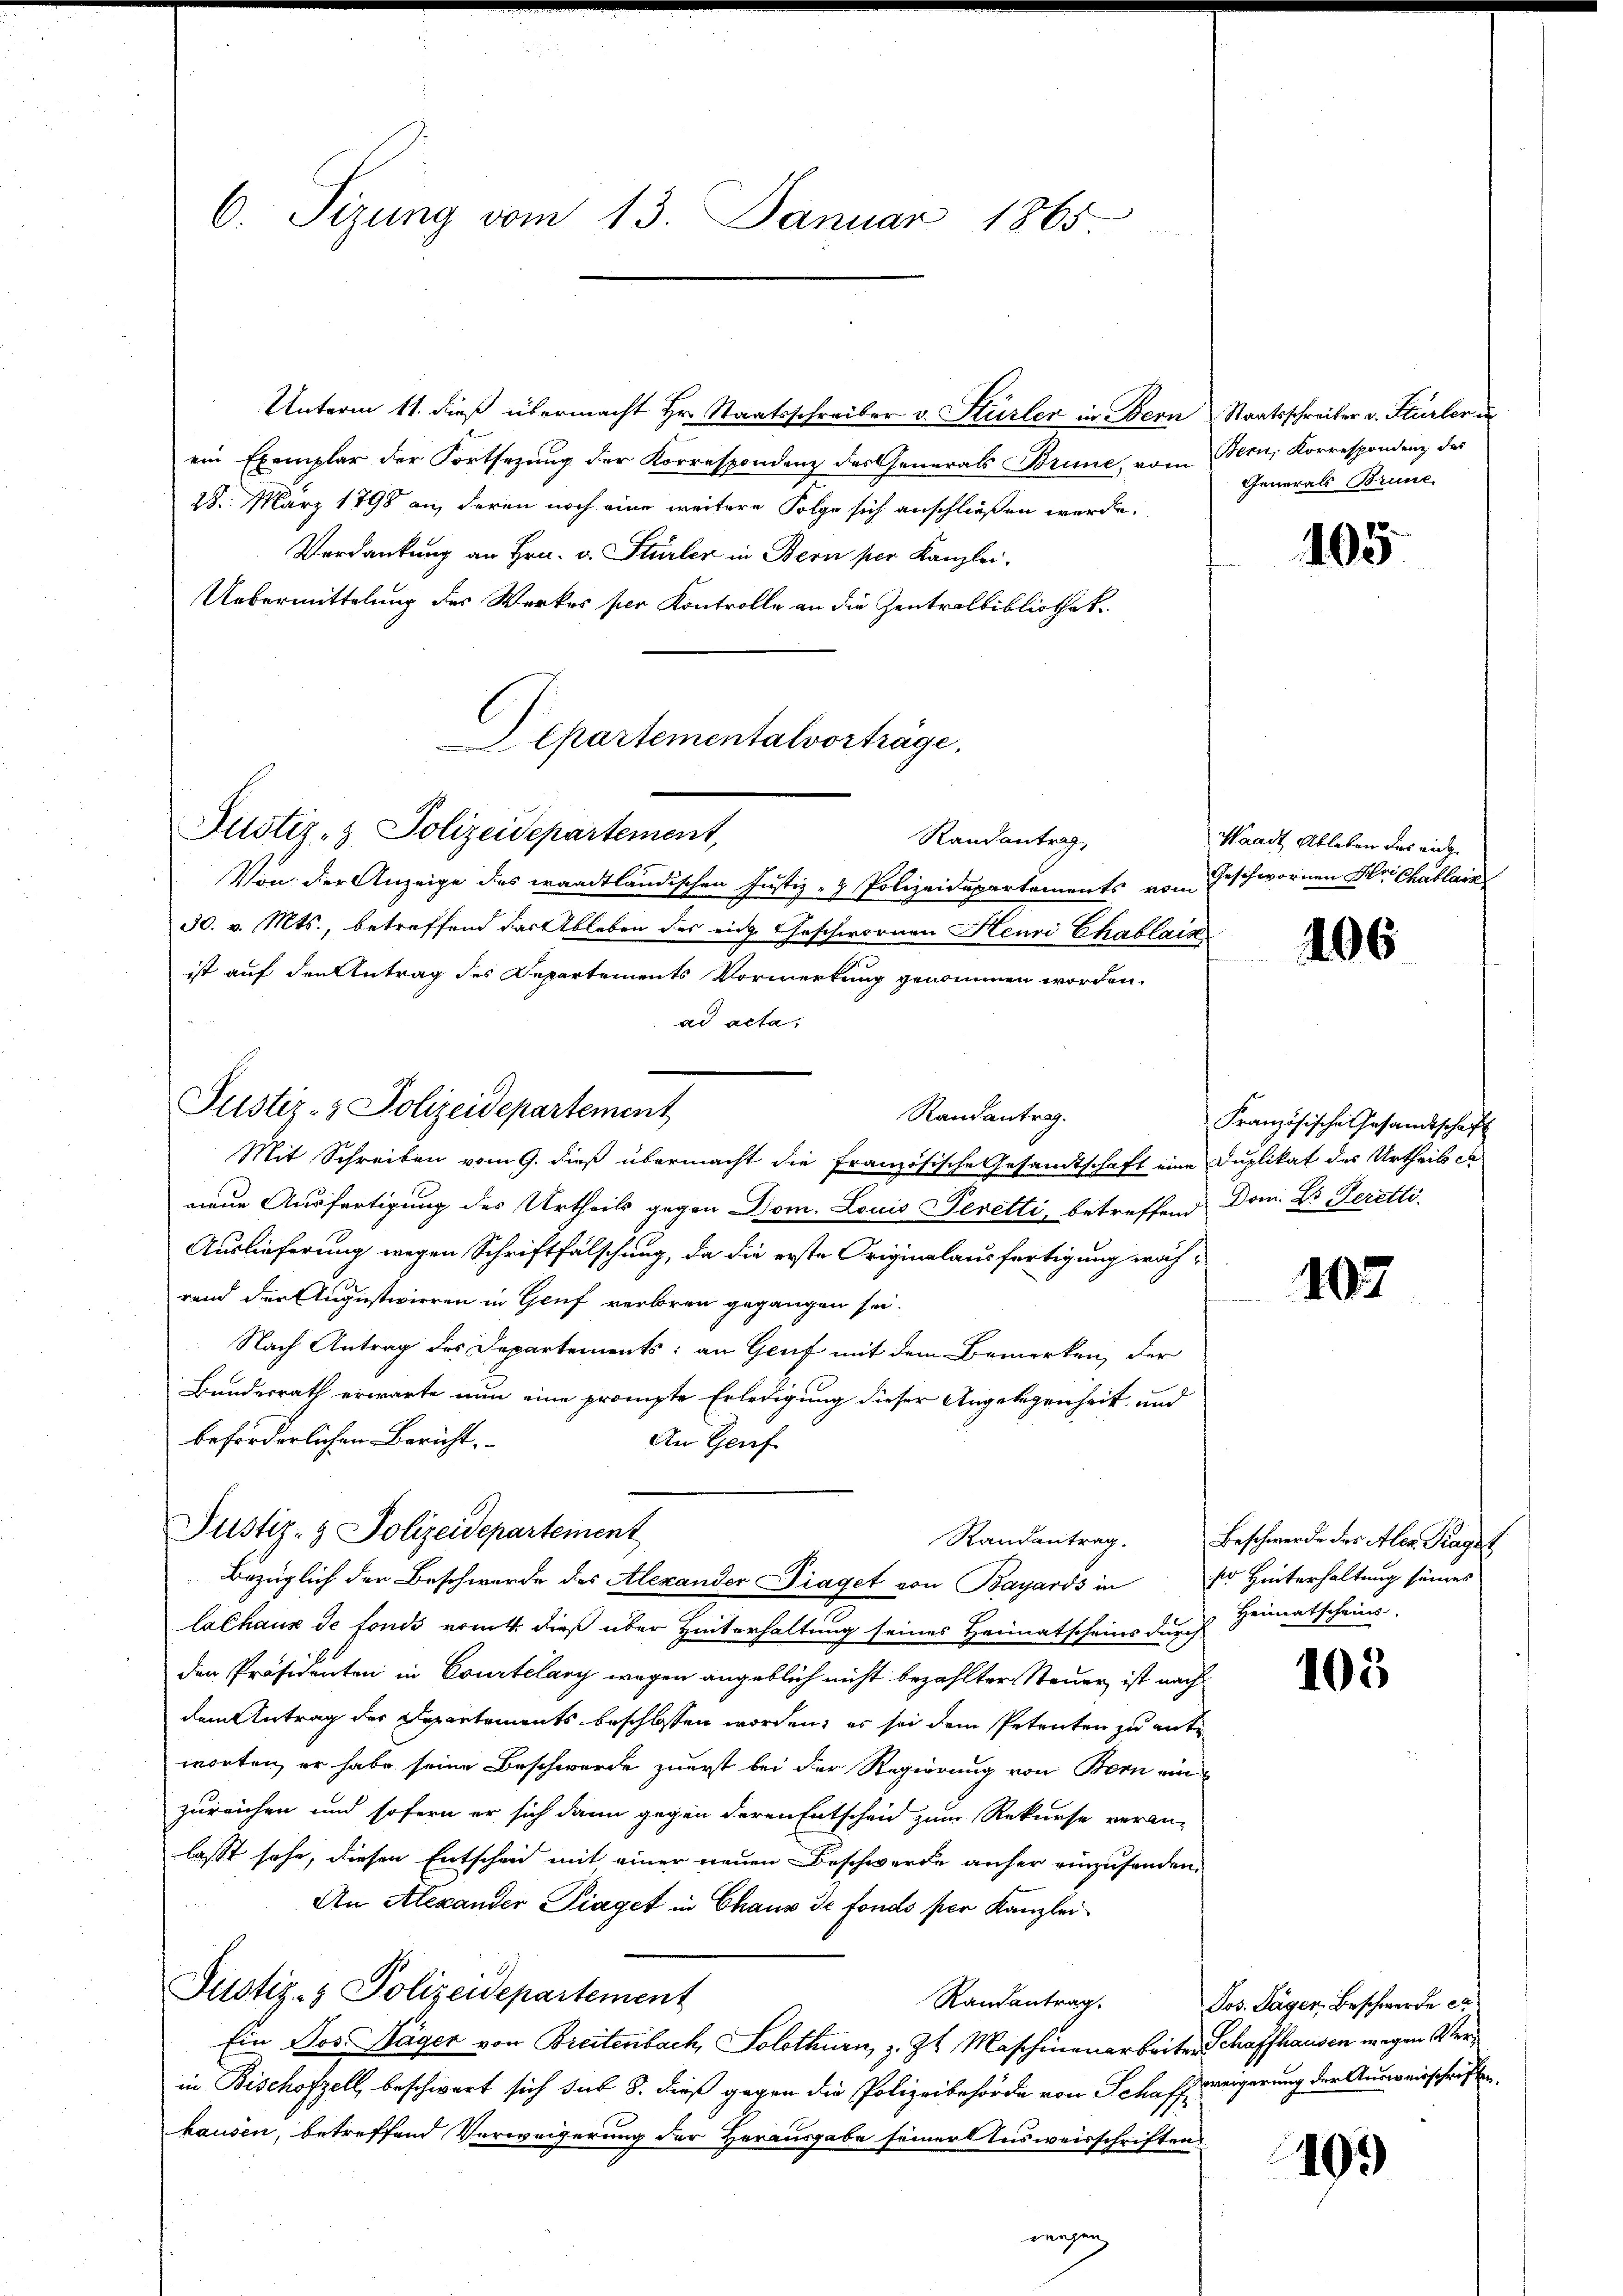
6. Sizung vom 13. Januar 1865

Unterm 11. dieß übermacht Hr. Staatsschreiber v. Stürler in Bern Staatsschreiber v. Stürler in
ein Exemplar der Fortsezung der Korrespondenz des Generals Brune, vom Bern, Korrespondenz das
28. März 1798 an, deren noch eine weitere Folge sich anschließen werde.
Verdankung an Hrn. v. Stürler in Bern per Kanzlei.
Uebermittelung des Werkes per Kontrolle an die Zentralbibliothek
Justiz- & Polizeidepartement,
Randantrag
Von der Anzeige des waadtländischen Justiz- & Polizeidepartements vom Geschwornen Hr. Chablarz
30. v. Mts., betreffend das Ableben des eich Geschwornen Henri Chablain
ist auf den Antrag des Departements Vormerkung genommen worden.
ad acta,
Randantrag.
Mit Schreiben vom 9. dieß übermacht die Französische Gesandtschaft eine Duplikat des Urtheils ca
neue Ausfertigung des Urtheils gegen Dom. Louis Peretti, betreffend Dom. Dr. Geretti
Auslieferung wegen Schriftfälschung, da die erste Originalausfertigung wäh-
rand der Augustiieren in Genf verloren gegangen sei.
Nach Antrag des Departements; an Genf mit dem Bemerken, der
Bundesrath erwarte nun eine prompte Erledigung dieser Angelegenheit und
beförderlichen Bericht.
An Genf
Justiz- & Polizeidepartement
Bezüglich der Beschwerde des Alexander Diaget von Bayards in dr Hinterhaltung seines
lalhaus de fonds erint. dieß über Hinterhaltung seines Heimatscheins durch
den Präsidenten in Courtelary wegen angeblich nicht bezahlter Steuer, ist nach
dem Antrag des Departements beschlossen worden; es sei dem Petenten zu ante
worten, er habe seine Beschwerde zuerst bei der Regierung von Bern ein
zureichen und sofern er sich dann gegen deren Entscheid zum Rekurse veran-
lasst sehe, diesen Entscheid mit einer neuen Beschwerde anher einzusenden.
An Alexander Piaget in Chaus de fonds per Kanzlei¬
Justiz- & Polizeidepartement
Randantrag.
Ein Jos. Wäger von Breitenbach, Solothurn, z. Zt. Maschinenarbeiten Schaffhausen wegen Verin Bischofzell, beschwart sich sub 8. dieß gegen die Polizeibehörde von Schaff weigerung der Ausweisschriften
hausen, betreffend Verweigerung der Herausgabe seiner Ausweisschriften
wungen

Justiz- & Polizeidepartement

Departementalvorträge.

Generals Brune.

105

Waadt, Ableben das einen

106

Französische Gesandtschaft

107

Randantrag. Beschwerde des Alex Frages
Heimatscheins.

105

Jos. Lagen Beschwerde e

103